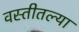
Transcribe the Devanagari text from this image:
वस्तीतल्या